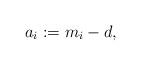
LaTeX: \begin{align*}a_i:=m_i-d, \end{align*}